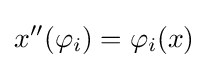
x^{\prime \prime }(\varphi _{i})=\varphi _{i}(x)